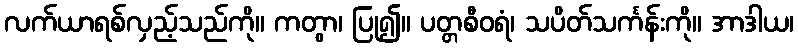
လက်ယာရစ်လှည့်သည်ကို။ ကတွာ၊ ပြု၍။ ပတ္တစီဝရံ၊ သပိတ်သင်္ကန်းကို။ အာဒါယ၊